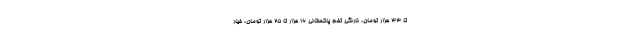
تا ۳۳ هزار تومان، نارنگی تخم پاکستانی ۱۶ هزار تا ۲۵ هزار تومان، خیار